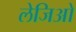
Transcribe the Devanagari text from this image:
लेजिओ